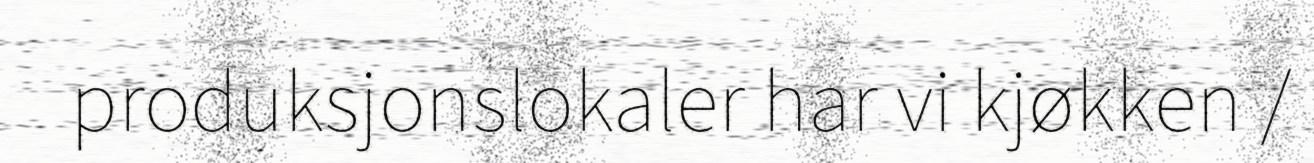
produksjonslokaler har vi kjøkken /